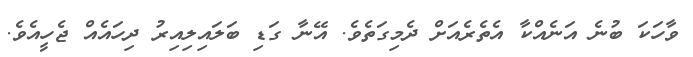
ވާހަކަ ބުނެ އަނެއްކާ އެތެރެއަށް ދެމިގަތެވެ. އޭނާ ގަޑި ބަލައިލިއިރު ދިހައެއް ޖެހީއެވެ.